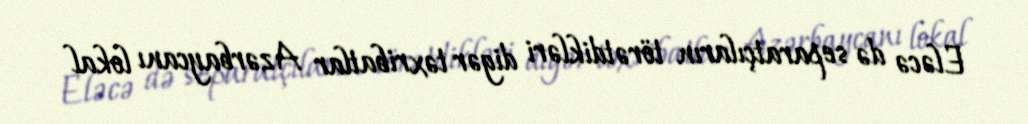
Eləcə də separatçıların törətdikləri digər təxribatlar Azərbaycanı lokal